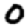
Digit: 0